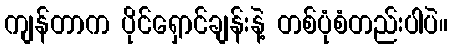
ကျန်တာက ပိုင်ရှောင်ချန်းနဲ့ တစ်ပုံစံတည်းပါပဲ။